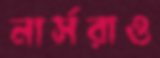
নার্সরাও